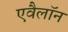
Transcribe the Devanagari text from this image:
एवैलॉन